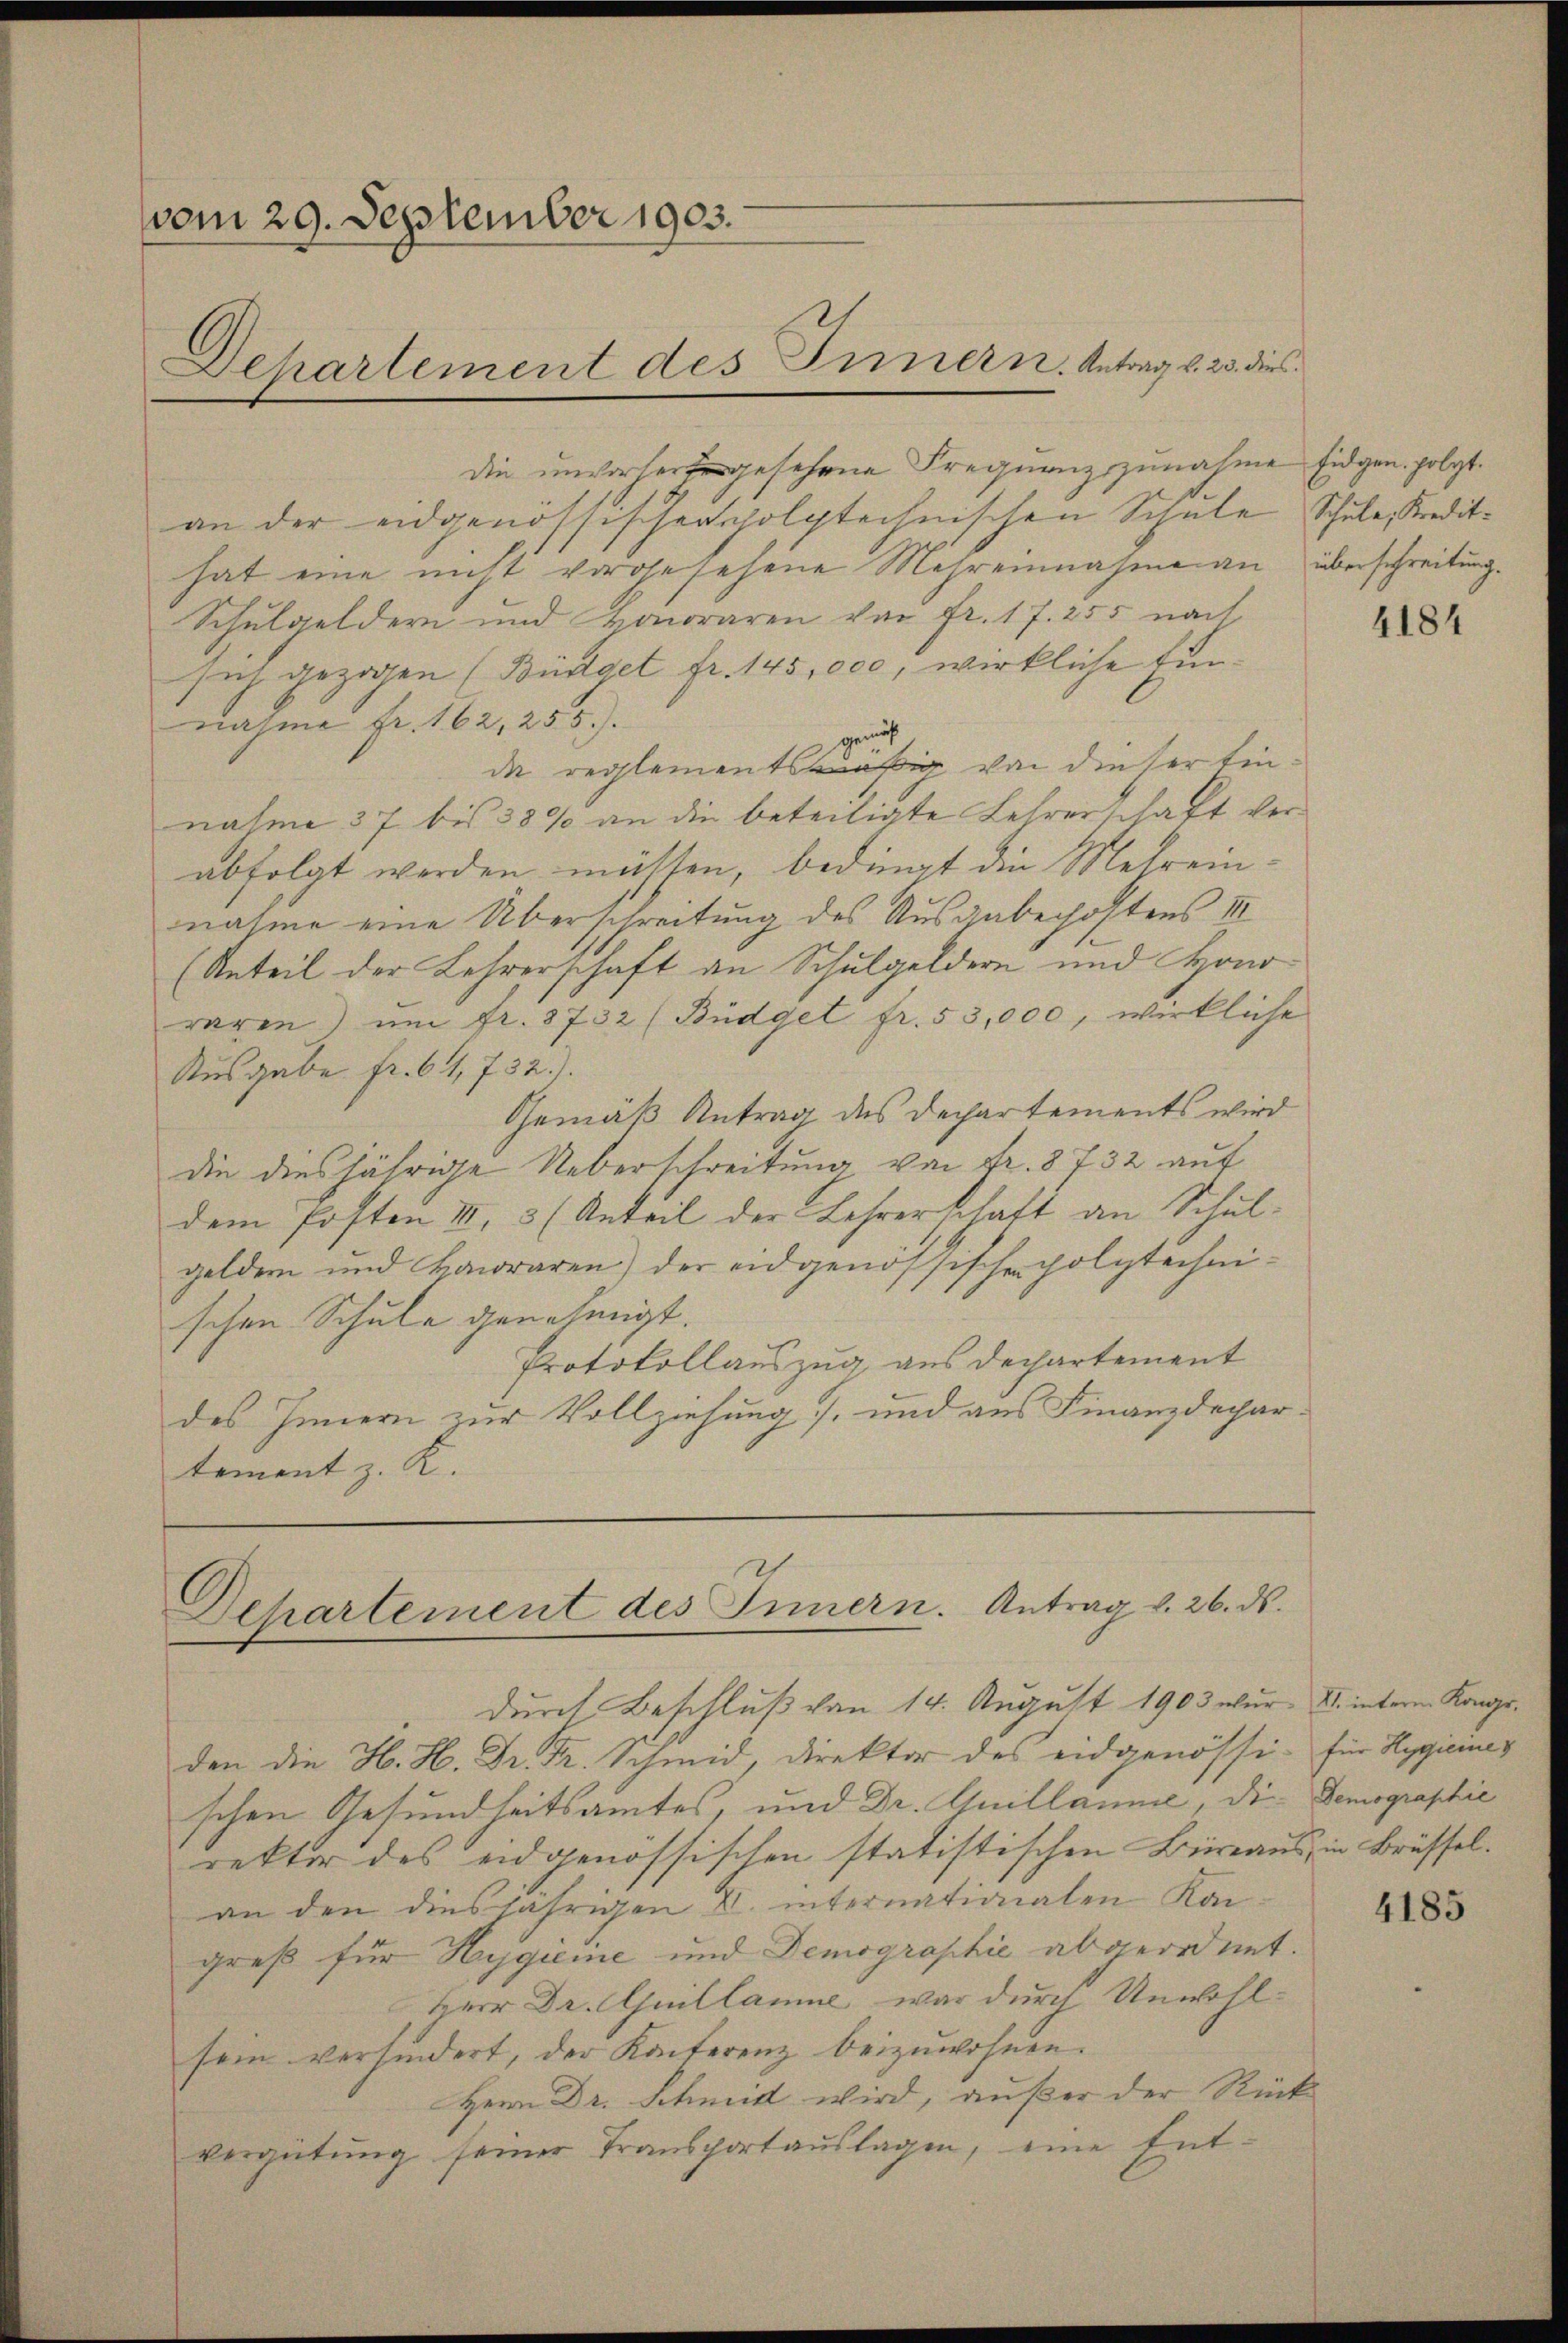
vom 29. September 1903.
Departement des Innern. Antrag v. 23. dies

die gesehene Frequenzzunahme Eidgen. folgt.
an der eidgenössischersholytechnischen Schule Schule, Kredithat eine nicht vorgesehene Mehreinnahme an überschreitung.
Schulgeldern und Honoraren von Fr. 17. 255 nach
sich gezogen (Büdget fr. 145,000, wirkliche Einnahme Fr. 162, 255).
gemäß
da reglementsmäßig von dieser Einnahme 37 bis 38% an die beteiligte Lehrerschaft verabfolgt werden mütten, bedingt die Metreinnahme eine Überschreitung des Ausgabechoftens III
(Anteil der Lehrerschaft an Schulgeldern und Hono
waren) um fr. 8732 (Büdget fr. 53,000, wirkliche
Ausgabe fr. 64, 732).
Gemäß Antrag des Dechartements wird
die diesjährige Ueberschreitung von Fr. 8732 auf
dem Posten III 3 (Anteil der Lehrerschaft an Schulgeldern und kawraren) der eidgenössischen Polytechnischen Schule genehmigt.
Protokollauszug aus dechartement
des Innern zur Vollziehung, und aus Finanzdechartement z. K.

Departement des Innern. Antrag v. 26. ds.

durch Beschluß von 14. August 1903 wur- XI. interm Kongr.
den die H. H. Dr. Dr. Schmid, direktor des eidgenössi- für Hegicines
schen Gesundheitsamtes, und Dr. Guillaume, die
rektor des eidgenössischen statistischen Bieraus, in Brüsselan den diesjährigen V. internationalen Kan
greß für Hygieine und Demographie abgeordnet.
Herr Dr. Guillamne, war durch Unwohlsein verhindert, der Konterenz beizuwohnen.
Herrn Dr. Schmid wird, außer der Rück
vergütung seiner Transportaŭslagen, eine Ent-

4184

Demographie

4185